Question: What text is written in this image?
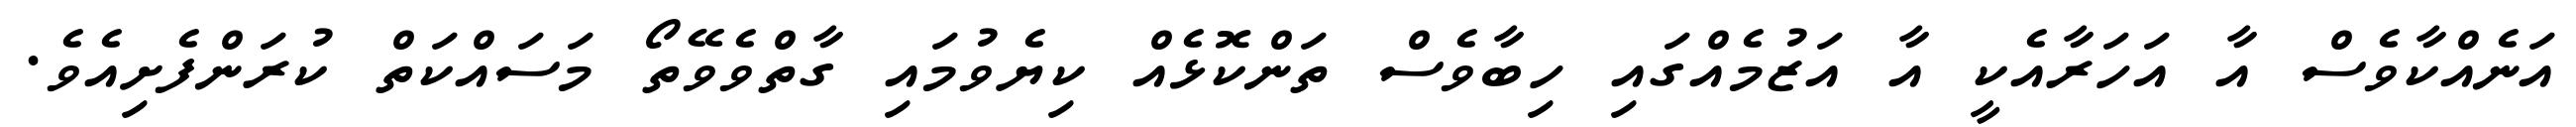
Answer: އަނެއްކާވެސް އާ އަހަރާއެކީ އާ އަޒުމެއްގައި ހިބާވެސް ތަންކޮޅެއް ކިޔެވުމައި ގާތްވެވޭތޯ މަސައްކަތް ކުރަންފެށިއެވެ.